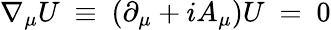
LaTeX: \nabla_{\mu}U~\equiv~(\partial_{\mu}+iA_{\mu})U~=~0